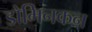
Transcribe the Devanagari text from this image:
डोमिनकन